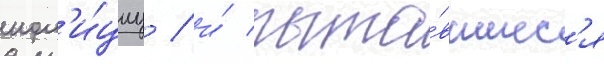
пол'и́циу / и́ пыта́вшиес'я